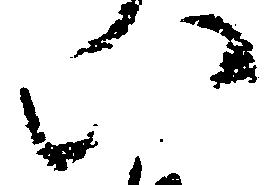
八